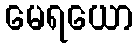
မေရယော